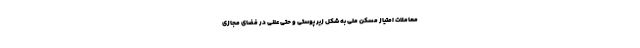
معاملات امتیاز مسکن ملی به شکل زیر پوستی و حتی علنی در فضای مجازی